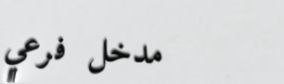
مدخل فرعي